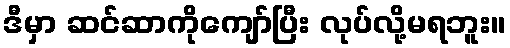
ဒီမှာ ဆင်ဆာကိုကျော်ပြီး လုပ်လို့မရဘူး။